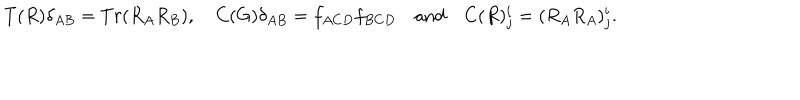
T ( R ) \delta _ { A B } = T r ( R _ { A } R _ { B } ) , \quad C ( G ) \delta _ { A B } = f _ { A C D } f _ { B C D } \quad \mathrm { a n d } \quad C ( R ) _ { j } ^ { i } = ( R _ { A } R _ { A } ) _ { j } ^ { i } .